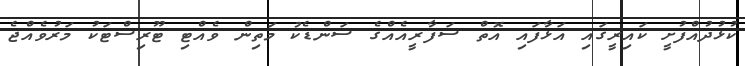
ކުޅުދުއްފުށީ ކައިރީގައި އަޅާފައި އޮތް ސަފާރީއެއްގެ ސަންޑެކު މަތިން ވެއްޓި ޓޫރިސްޓަކު މަރުވެއްޖެ